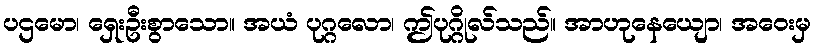
ပဌမော၊ ရှေးဦးစွာသော။ အယံ ပုဂ္ဂလော၊ ဤပုဂ္ဂိုလ်သည်။ အာဟုနေယျော၊ အဝေးမှ